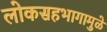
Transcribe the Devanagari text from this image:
लोकसहभागामुळे